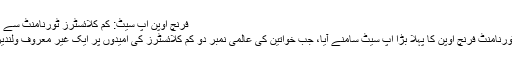
فرنچ اوپن اپ سیٹ: کم کلائسٹرز ٹورنامنٹ سے باہر | کھیل | DW | 27.05.2011
جمعرات کے روز ٹینس گرینڈ سلیم ٹورنامنٹ فرنچ اوپن کا پہلا بڑا اپ سیٹ سامنے آیا، جب خواتین کی عالمی نمبر دو کم کلائسٹرز کی امیدوں پر ایک غیر معروف ولندیزی خاتون کھلاڑی نے پانی پھیر دیا۔